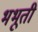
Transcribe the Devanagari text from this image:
भभूती